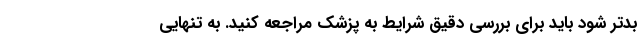
بدتر شود باید برای بررسی دقیق شرایط به پزشک مراجعه کنید. به تنهایی